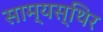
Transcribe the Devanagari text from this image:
साम्यस्थिर